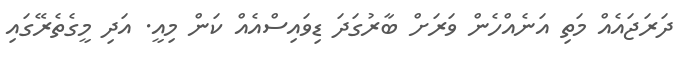
ދަރަޖައެއް މަތި އަނެއްހެން ވަރަށް ބާރުގަދަ ޑިވައިސްއެއް ކަން މިއީ. އަދި މީގެތެރޭގައި